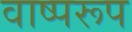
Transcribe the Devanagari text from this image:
वाष्परूप